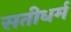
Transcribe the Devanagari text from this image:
सतीधर्म